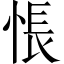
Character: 悵